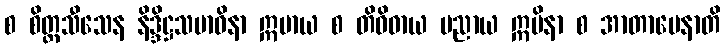
စ စိတ္တသီသေန နိဒ္ဒိဋ္ဌသမာဓိနာ ဣမာယ စ တိဝိဓာယ ပညာယ ဣမိနာ စ အာတာပေနာတိ